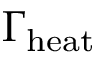
\Gamma _ { \mathrm { h e a t } }